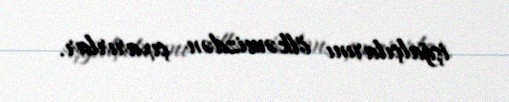
işğalçılarını ölkəmizdən çıxarırlar.